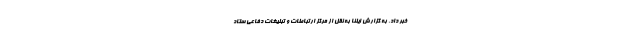
خبر داد. به گزارش ایلنا به نقل از مرکز ارتباطات و تبلیغات دفاعی ستاد